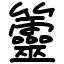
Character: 䉹